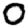
Digit: 0